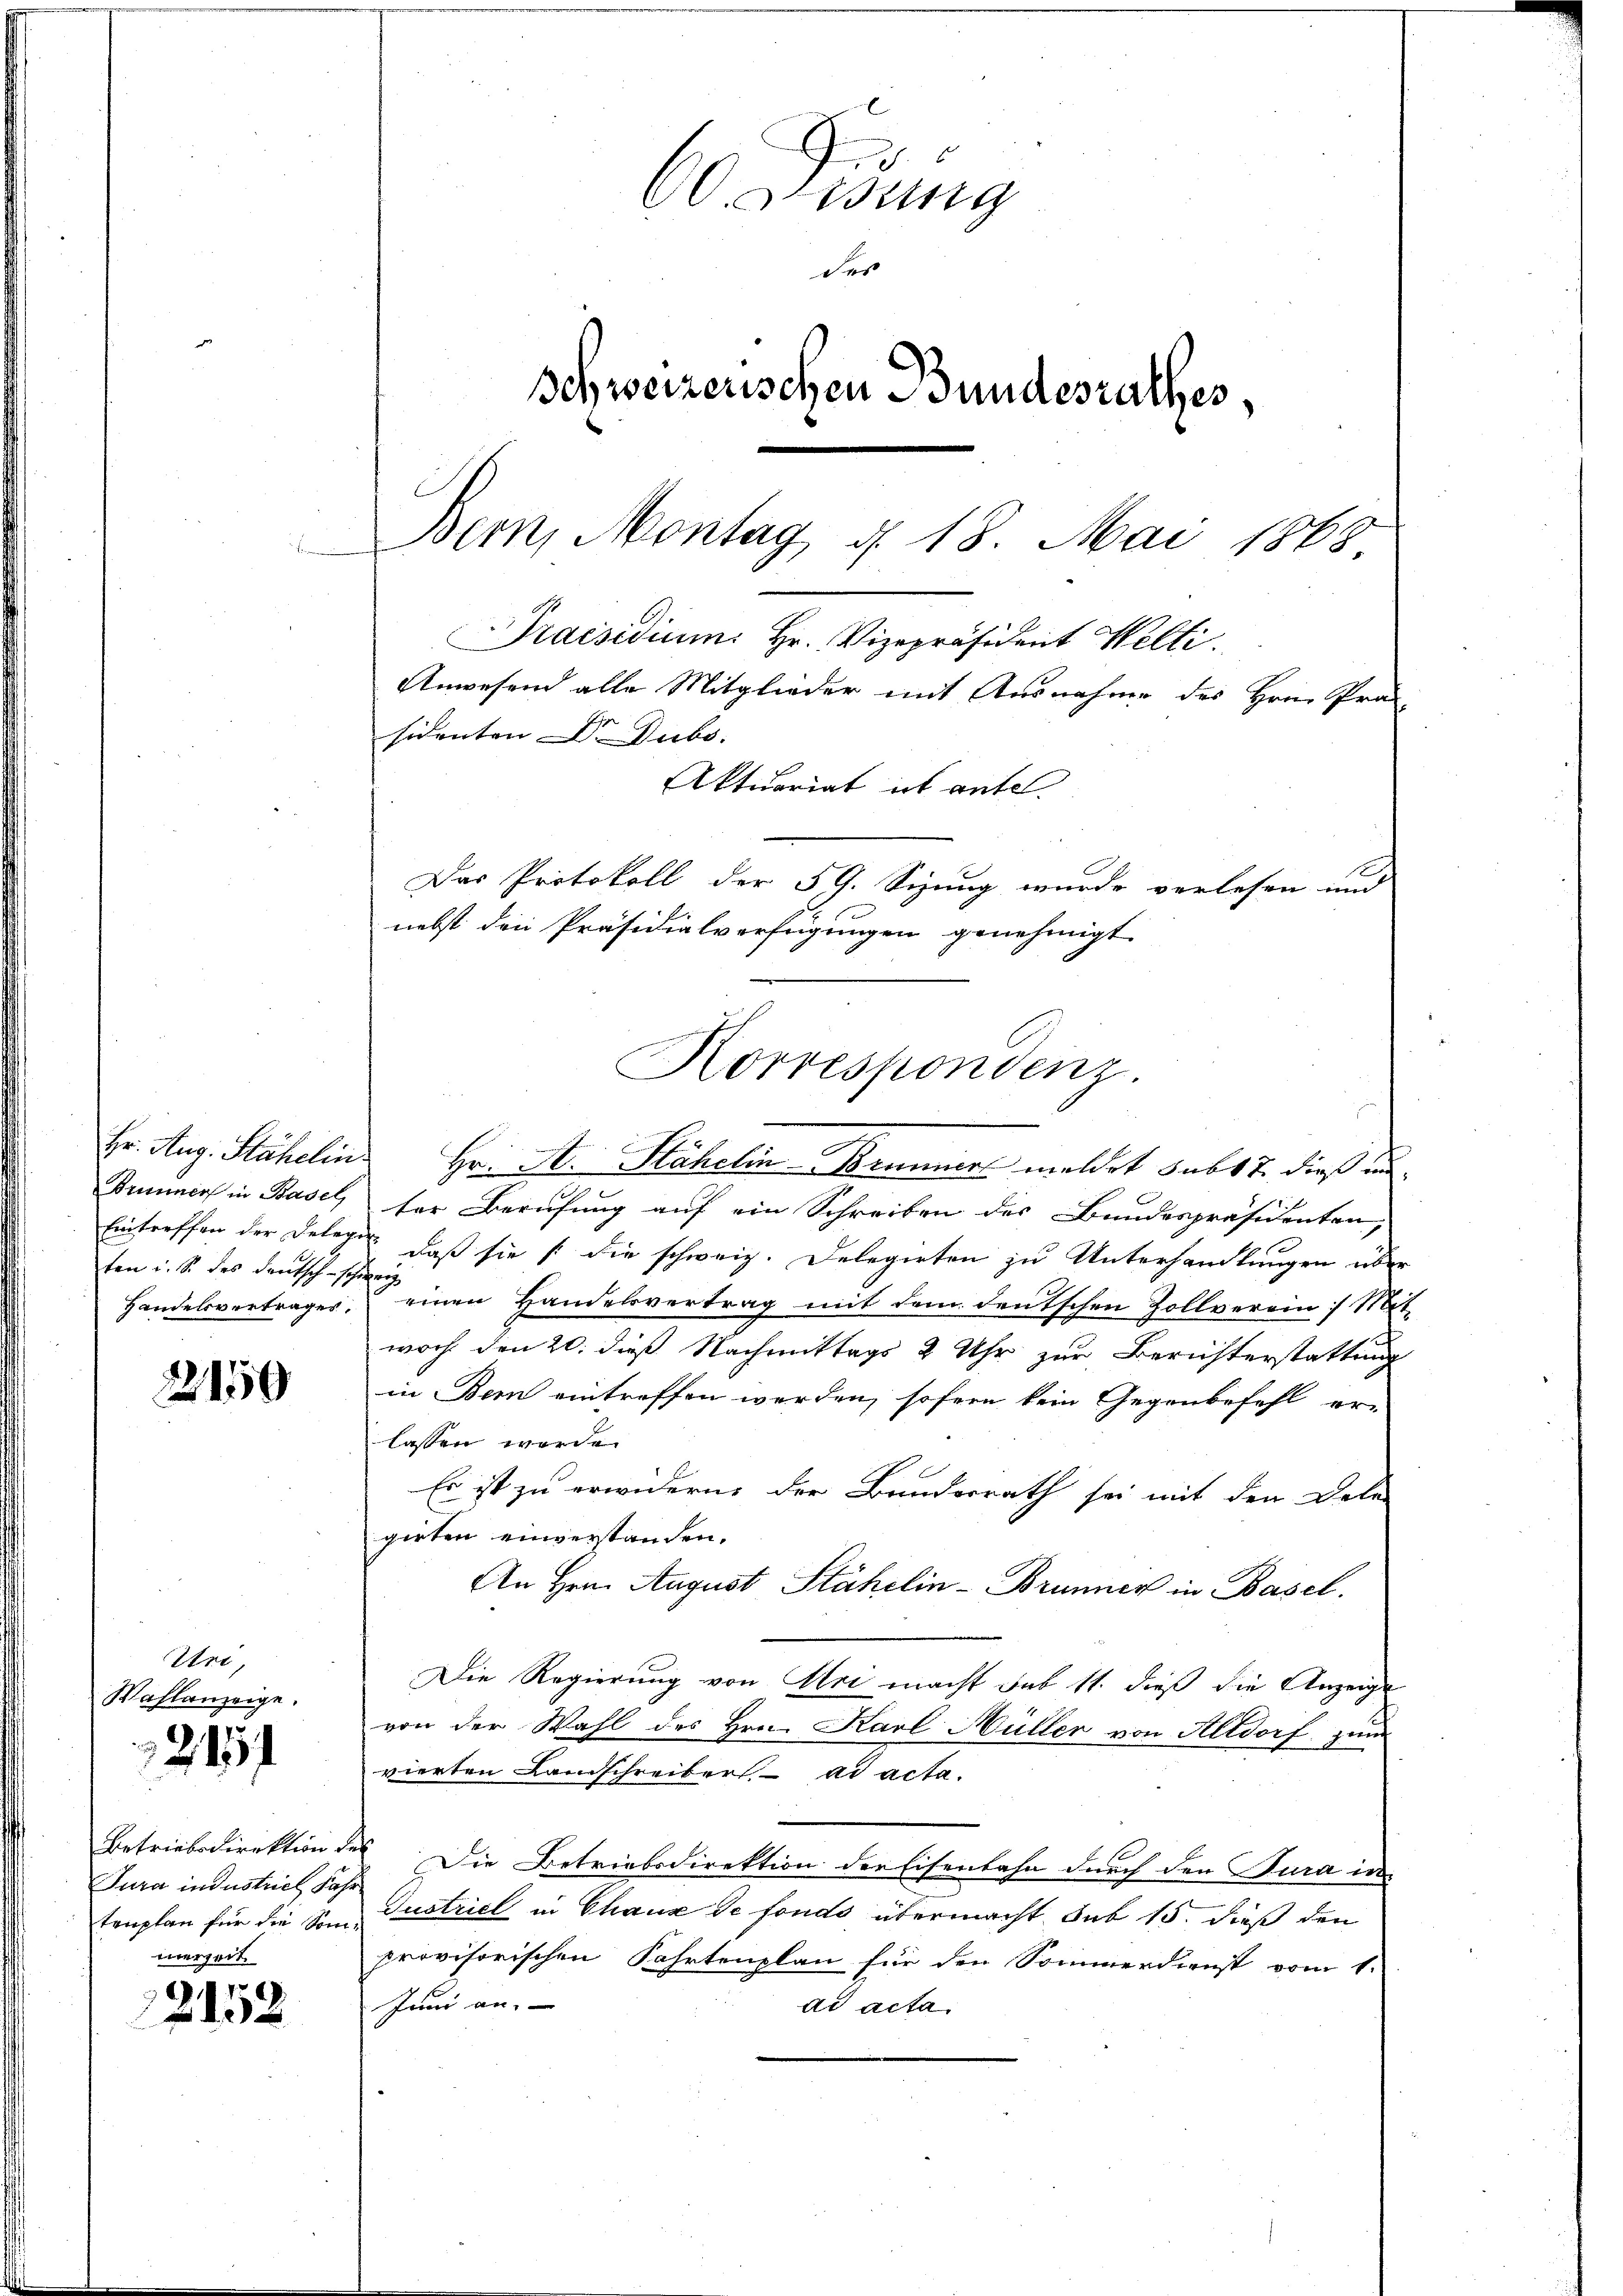
Hr. Aug. Stähelin
Brunner in Basel,
Eintreffen der Delege
ten u. S. des deutsch - scho
Handelsvertrages.

2150

Uri,
Wahlanzeige.
Betriebsdirektion de
Jura industriel Fahr
tenplan für die Sommerzeit.

21

2152

60. Frisung
der
Schweizerischen Bundesrathes,
Bern, Montag d. 18. Mai 1868
B
Praesidium. Hr. Vizepräsident Welti.
Anwesend alle Mitglieder mit Ausnahme des Hrn. Pro
sidenten Dr. Dubs,
Aktuariat ist antel
Das Protokoll der 59. Sizung wurde verlesen und
nebst den Präsidialverfügungen genehmigt

ter Berufung auf ein Schreiben des Bundespräsidenten,
e
daß sie die schweiz. Delegirten zu Unterhandlungen über
einen Handelsvertrag mit dem deutschen Zollverein Mit-
woch den 20. dieß Nachmittags 2 Uhr zur Berichterstattung
in Bei eintreffen werden, sofern kein Gegenbefehl er-
lassen werde.
Es ist zu erwidern, der Bunderrath sei mit den Dele
girten einverstanden.
An Hrn. August Stähelin - Brunner in Basel.
Die Regierung von Uri macht sub 11. dieß die Anzeigen
von der Wahl des Hrn. Karl Müller von Altdorf zum
vierten Landschreibers, ad acta.
 Die Betriebsdirektion der Eisenbahn durch den Jura in
Tustriel in Chaux de fonds übermacht sub 15. dieß den
provisorischen Fahrtenplan für den Sommerdienst vom 1.
Juni an.
ad acta.

Korrespondenz.
Hr. A. Stähelin-Brunner meldet sub 17 dieß un